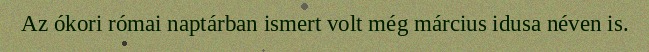
Az ókori római naptárban ismert volt még március idusa néven is.